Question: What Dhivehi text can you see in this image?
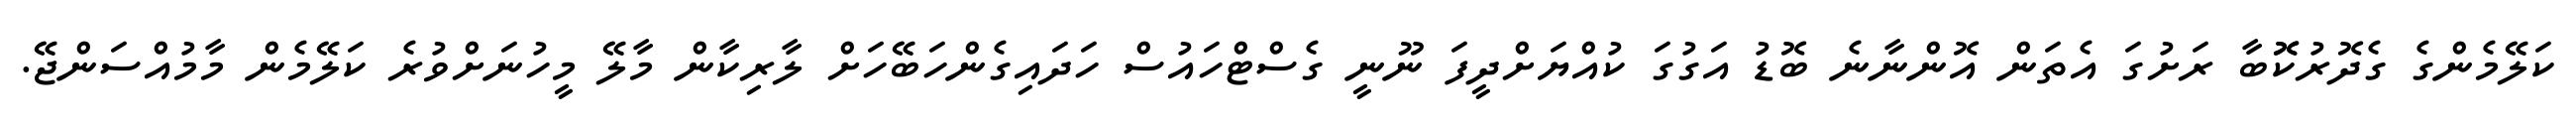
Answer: ކަލޭމެންގެ ގެދޮރުކޮޮބާ ރަށުގަ އެތަން އޮންނާނެ ބޮޑު އަގުގަ ކުއްޔަށްދީފަ ނޫނީ ގެސްޓްހައުސް ހަދައިގެންހަބޭހަށް ލާރިކާން މާލޭ މީހުނަށްވުރެ ކަލޭމެން މާމުއްސަންޖޭ.